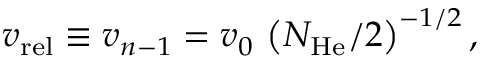
v _ { \mathrm { r e l } } \equiv v _ { n - 1 } = v _ { 0 } \, \left( N _ { \mathrm { H e } } / 2 \right) ^ { - 1 / 2 } ,